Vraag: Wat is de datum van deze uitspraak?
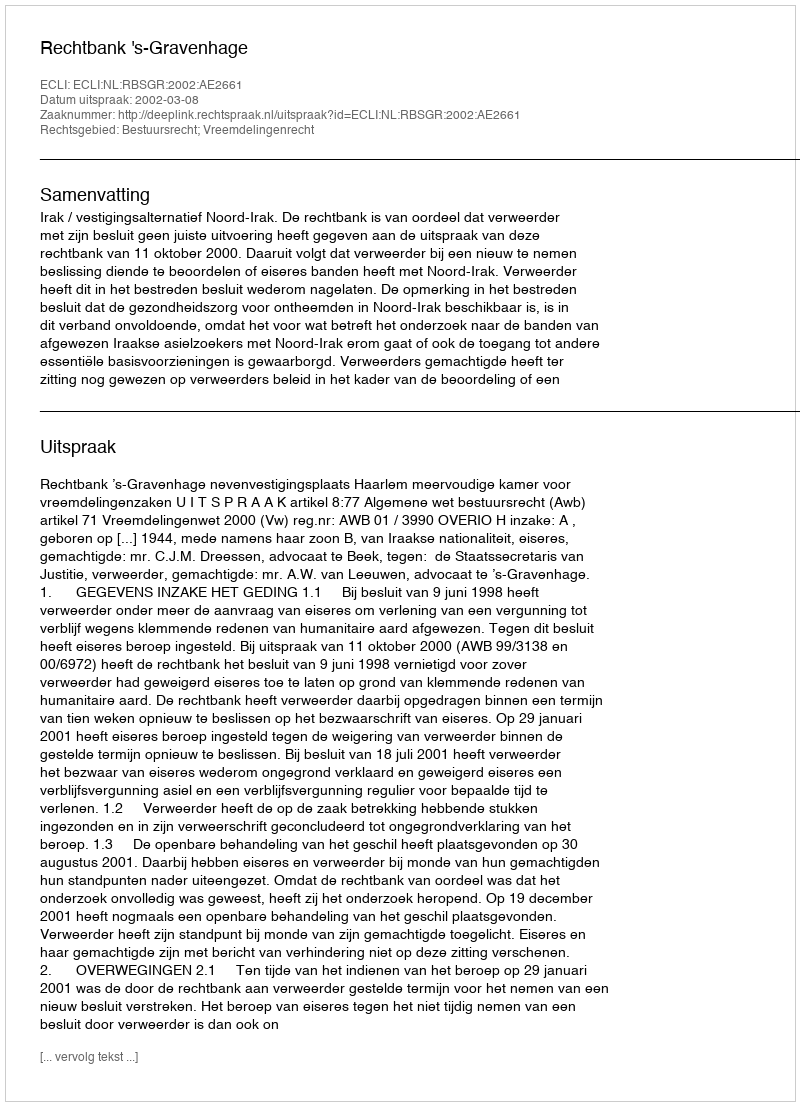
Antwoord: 2002-03-08